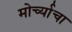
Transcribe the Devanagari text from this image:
मोर्च्याचा